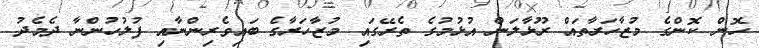
ހޮން ކޮންގެ މުޒާހަރާތައް ރޫޅާލަން އުޅުމުގެ ތެރޭގައި މުޒާހަރާގެ ބައިވެރިންނާއި ފުލުހުންނާ ދެމެދު